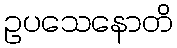
ဥပသေနောတိ